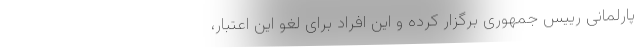
پارلمانی رییس جمهوری برگزار کرده و این افراد برای لغو این اعتبار،